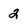
Character: 2